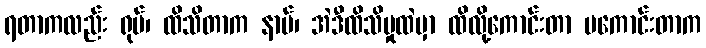
ရတာကလည်း ရုပ်၊ ထိသိတာက နာမ်၊ အဲဒီထိသိမှုထဲမှာ ထိလို့ကောင်းတာ မကောင်းတာက